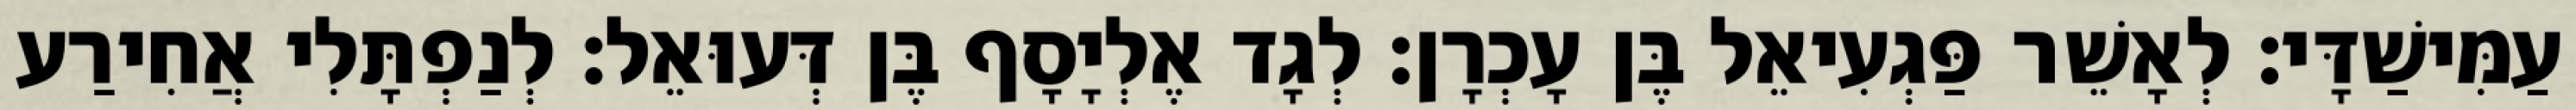
עַמִּישַׁדָּי׃ לְאָשֵׁר פַּגְעִיאֵל בֶּן עָכְרָן׃ לְגָד אֶלְיָסָף בֶּן דְּעוּאֵל׃ לְנַפְתָּלִי אֲחִירַע